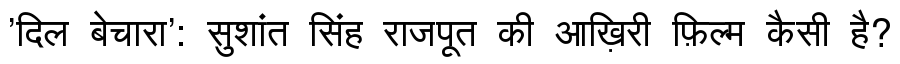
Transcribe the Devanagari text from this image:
'दिल बेचारा': सुशांत सिंह राजपूत की आख़िरी फ़िल्म कैसी है?